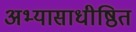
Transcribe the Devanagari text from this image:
अभ्यासाधीष्ठित